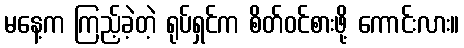
မနေ့က ကြည့်ခဲ့တဲ့ ရုပ်ရှင်က စိတ်ဝင်စားဖို့ ကောင်းလား။